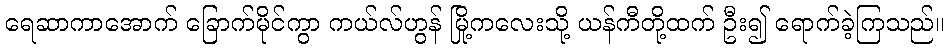
ရေဆာကာအောက် ခြောက်မိုင်ကွာ ကယ်လ်ဟွန် မြို့ကလေးသို့ ယန်ကီတို့ထက် ဦး၍ ရောက်ခဲ့ကြသည်။